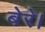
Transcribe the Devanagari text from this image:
बेरे।